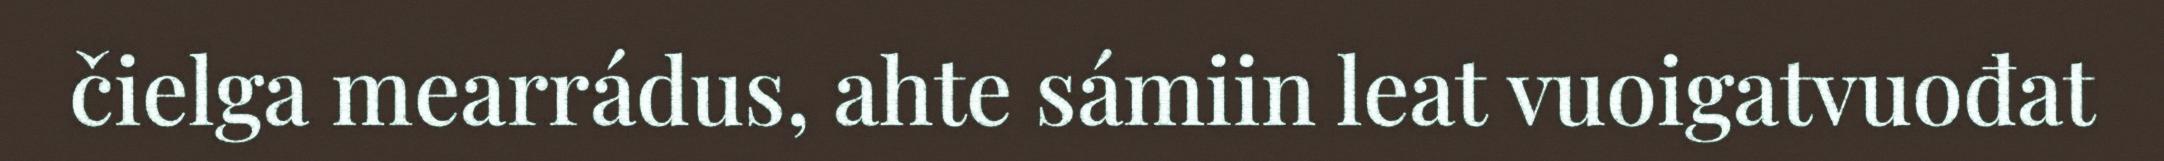
čielga mearrádus, ahte sámiin leat vuoigatvuođat